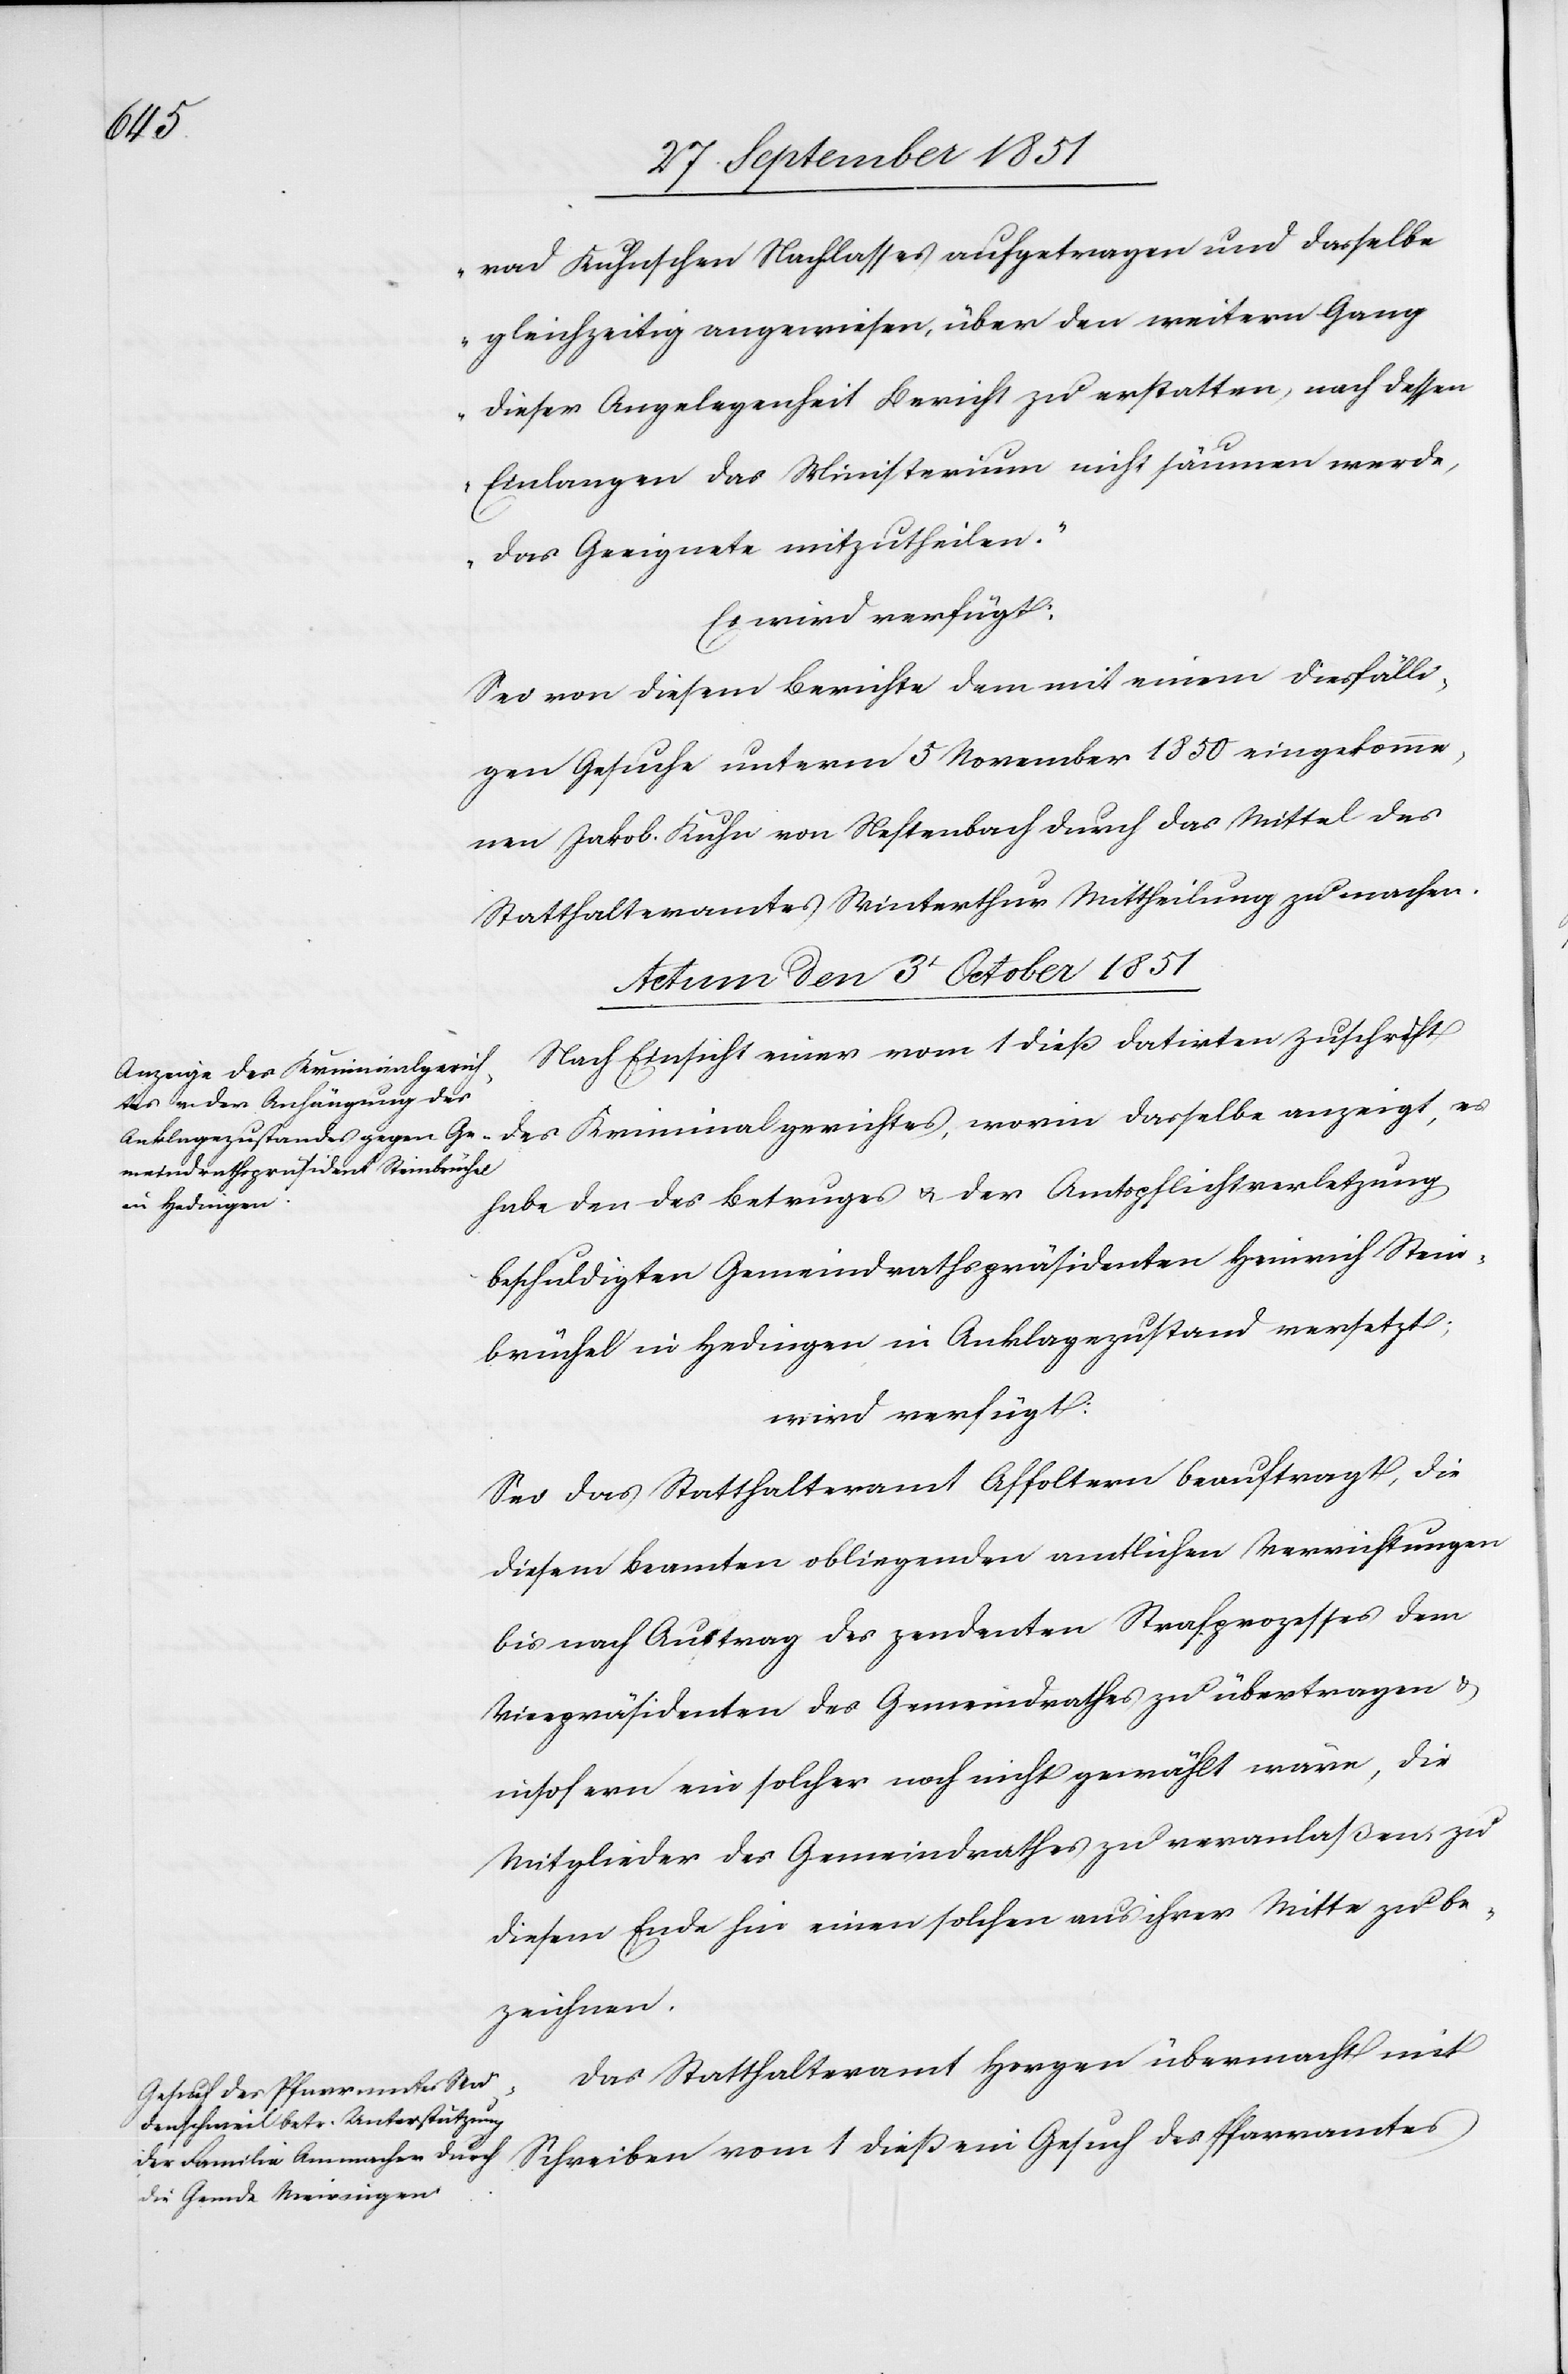
worin

rad Kunschen Nachlasses aufgetragen und dasselbe
gleichzeitig angewiesen, über den weitern Gang
dieser Angelegenheit Bericht zu erstatten, nach dessen
Einlangen das Ministerium nicht säumen werde,
das Geeignete mitzutheilen.“
Es wird verfügt:
Sei von diesem Berichte dem mit einem diesfälli¬
gen Gesuche unterm 5 November 1850 eingekomme¬
nen Jakob Kuhn von Neftenbach durch das Mittel des
Statthalteramtes Winterthur Mittheilung zu machen.
Actum den 3t October 1851]
Nach Einsicht einer vom 1 dieß datirten Zuschrift
habe den des Betruges & der Amtspflichtverletzung
beschuldigten Gemeindrathspräsidenten Heinrich Stein¬
brüchel in Hedingen in Anklagezustand versetzt;
wird verfügt:
Sei das Statthalteramt Affoltern beauftragt, die
diesem Beamten obliegenden amtlichen Verrichtungen
bis nach Austrag des pendenten Strafprozesses dem
Vicepräsidenten des Gemeindrathes zu übertragen &
insofern ein solcher noch nicht gewählt wäre, die
Mitglieder des Gemeindrathes zu veranlaßen, zu
diesem Ende hin einen solchen aus ihrer Mitte zu be¬
zeichnen.
Das Statthalteramt Horgen übermacht mit
Schreiben vom 1 dieß ein Gesuch des Pfarramtes